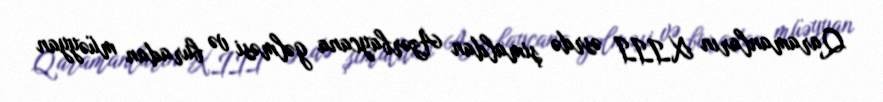
Qaramanların XIII əsrdə şimaldan Azərbaycana gəlməsi və buradan müəyyan